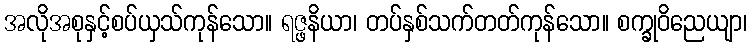
အလိုအစုနှင့်စပ်ယှသ်ကုန်သော။ ရဇ္ဖနိယာ၊ တပ်နှစ်သက်တတ်ကုန်သော။ စက္ခုဝိညေယျာ၊